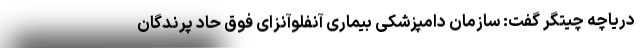
دریاچه چیتگر گفت: سازمان دامپزشکی بیماری آنفلوآنزای فوق حاد پرندگان